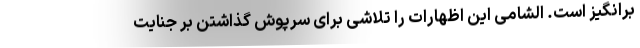
برانگیز است. الشامی این اظهارات را تلاشی برای سرپوش گذاشتن بر جنایت